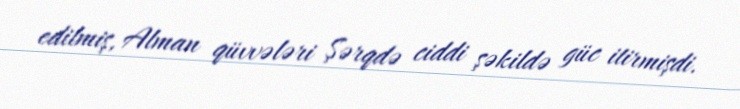
edilmiş, Alman qüvvələri Şərqdə ciddi şəkildə güc itirmişdi.